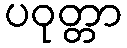
ပဝုတ္တာ